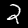
Label: 2